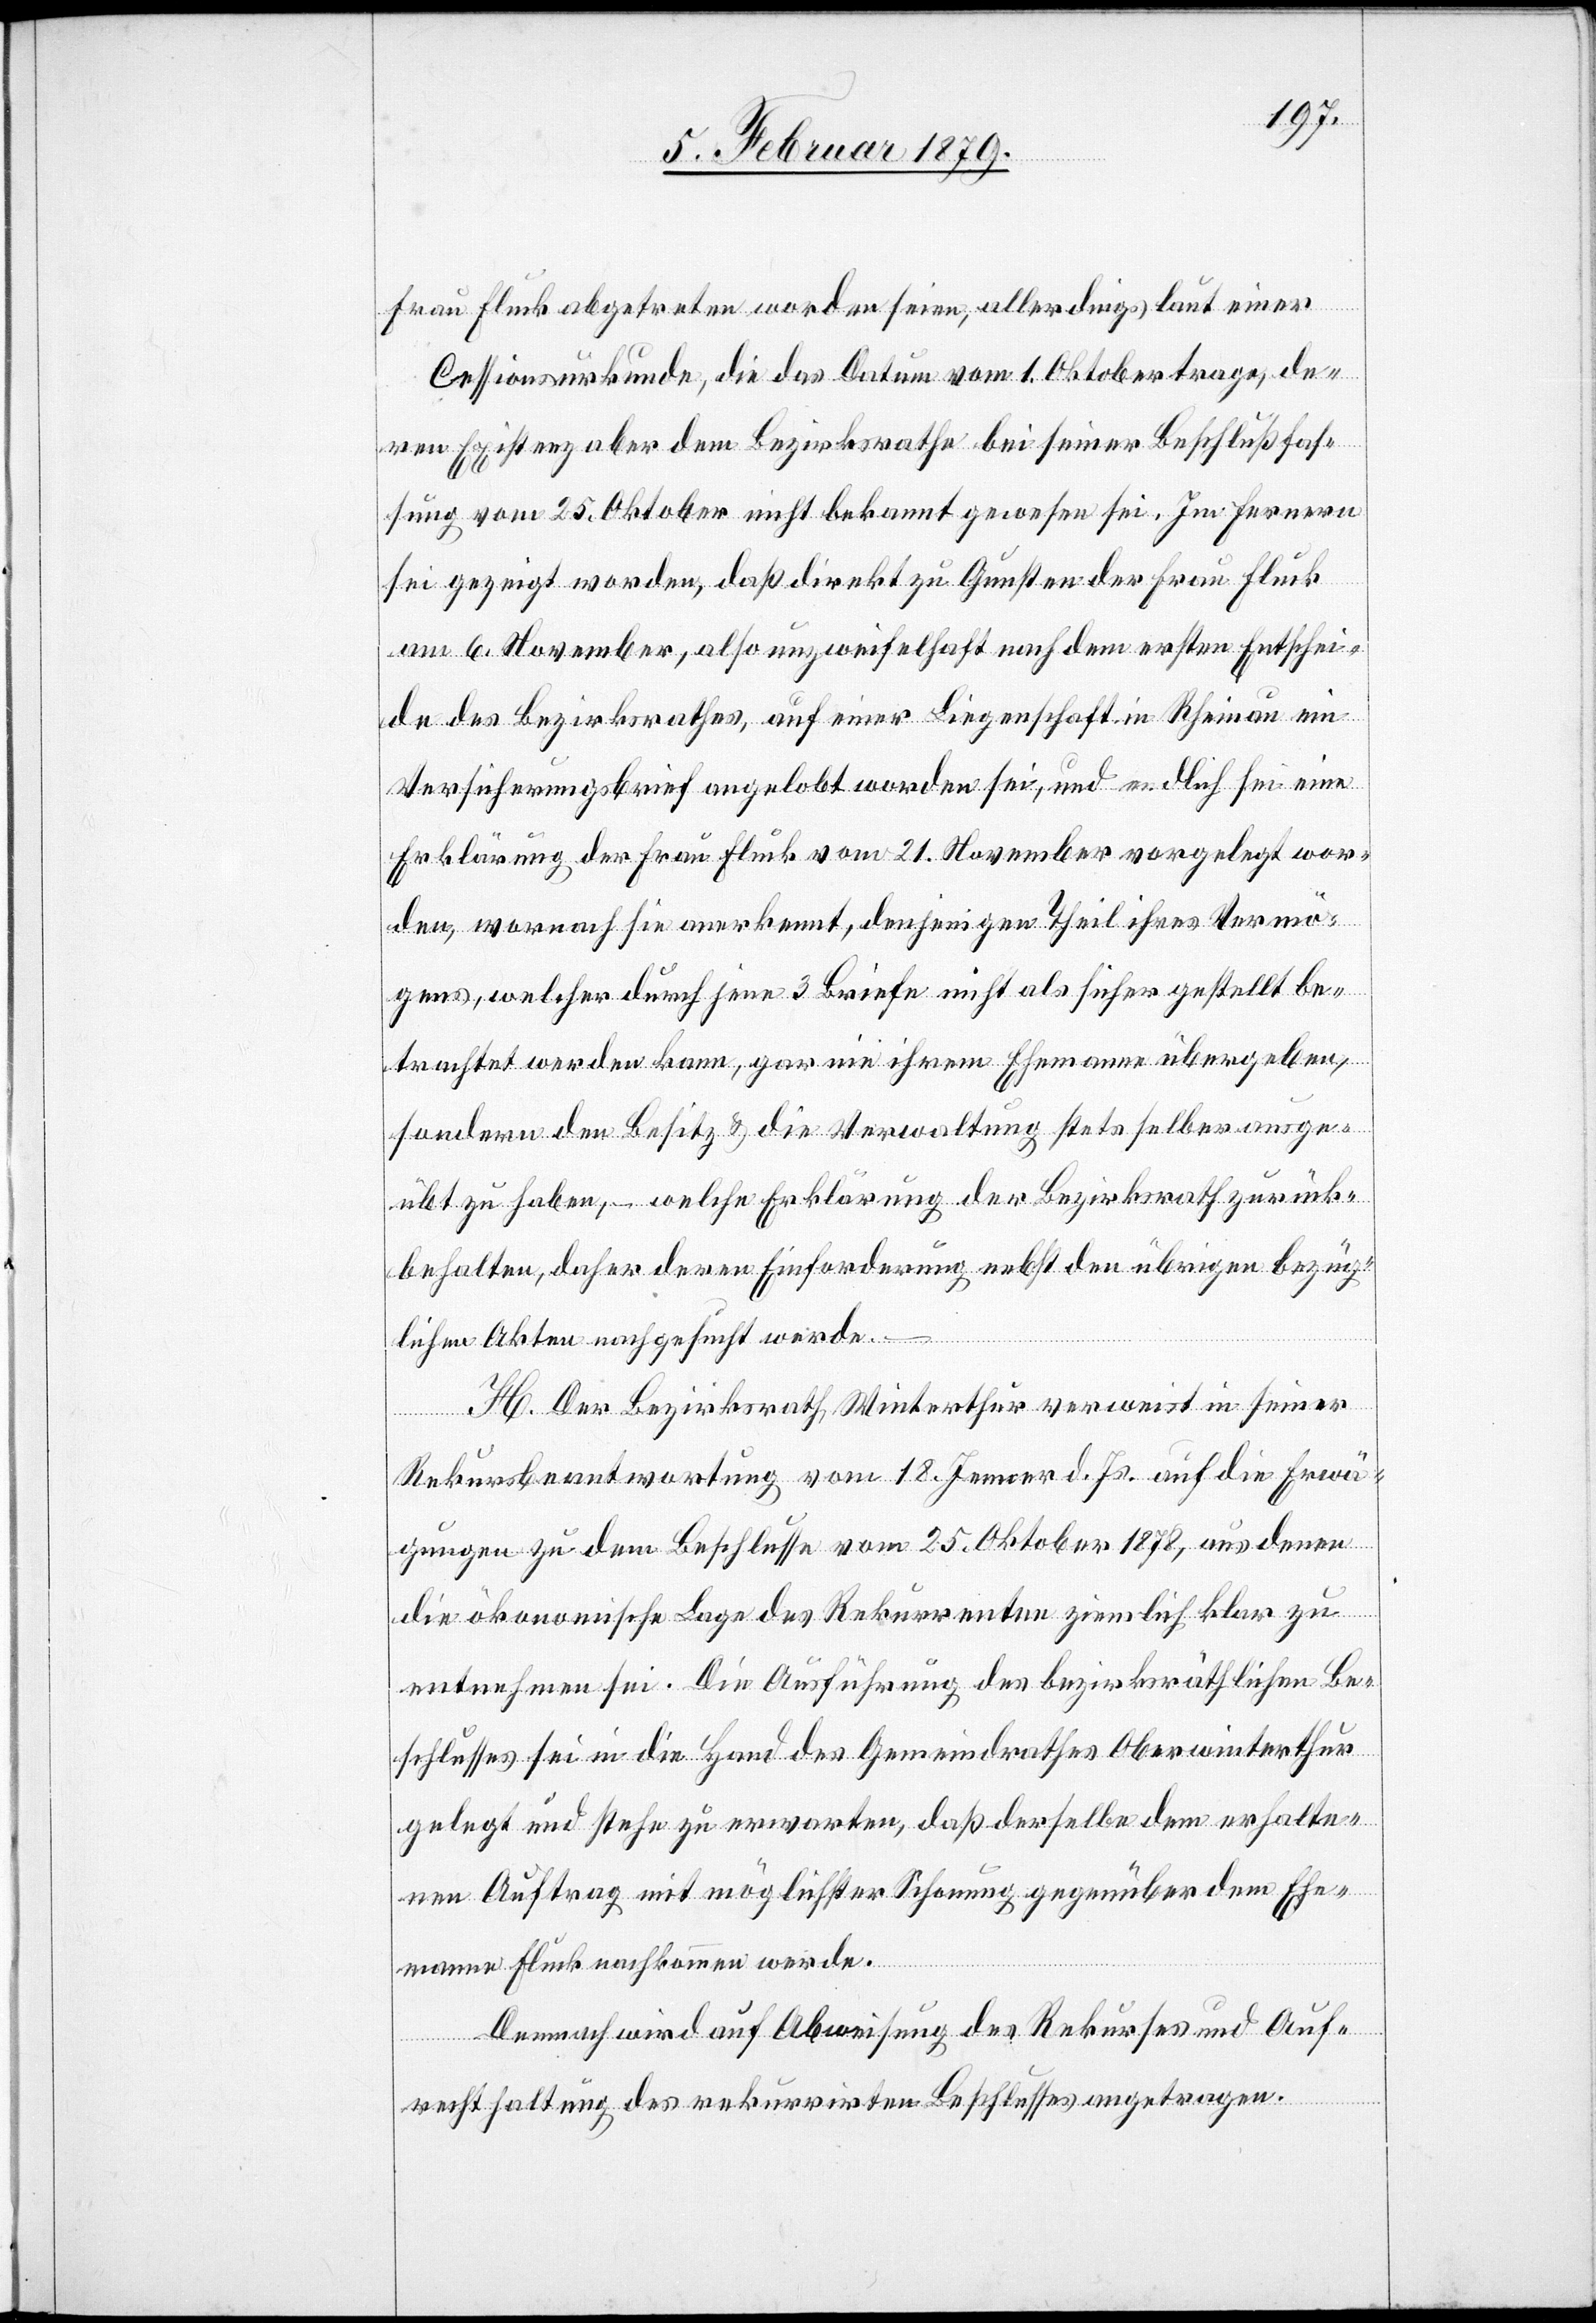
Frau Fluck abgetreten worden seien, allerdings laut einer
Cessionsurkunde, die das Datum vom 1. Oktober trage, de¬
ren Existenz aber dem Bezirksrathe bei seiner Beschlußfas¬
sung vom 25. Oktober nicht bekannt gewesen sei. Im Fernern
sei gezeigt worden, daß direkt zu Gunsten der Frau Fluck
am 6. November, also unzweifelhaft nach dem ersten Entschei¬
de des Bezirksrathes, auf einer Liegenschaft in Rheinau ein
Versicherungsbrief angelobt worden sei, und endlich sei eine
Erklärung der Frau Fluck vom 21. November vorgelegt wor¬
den, wornach sie anerkennt, denjenigen Theil ihres Vermö¬
gens, welcher durch jene 3 Briefe nicht als sicher gestellt be¬
trachtet werden kann, gar nie ihrem Ehemann übergeben,
sondern den Besitz & die Verwaltung stets selber ausge¬
übt zu haben, – welche Erklärung der Bezirksrath zurück¬
behalten, daher deren Einforderung nebst den übrigen bezüg¬
lichen Akten nachgesucht werde.
H. Der Bezirksrath Winterthur verweist in seiner
Rekursbeantwortung vom 18. Jenner d. Js. auf die Erwä¬
gungen zu dem Beschlusse vom 25. Oktober 1878, aus denen
die ökonomische Lage des Rekurrenten ziemlich klar zu
entnehmen sei. Die Ausführung des bezirksräthlichen Be¬
schlusses sei in die Hand des Gemeindrathes Oberwinterthur
gelegt und stehe zu erwarten, daß derselbe dem erhalte¬
nen Auftrag mit möglichster Schonung gegenüber dem Ehe¬
mann Fluck nachkommen werde.
Demnach wird auf Abweisung des Rekurses und Auf¬
rechthaltung des rekurrirten Beschlusses angetragen.